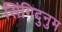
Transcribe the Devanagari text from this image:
सिंगिदुनुम